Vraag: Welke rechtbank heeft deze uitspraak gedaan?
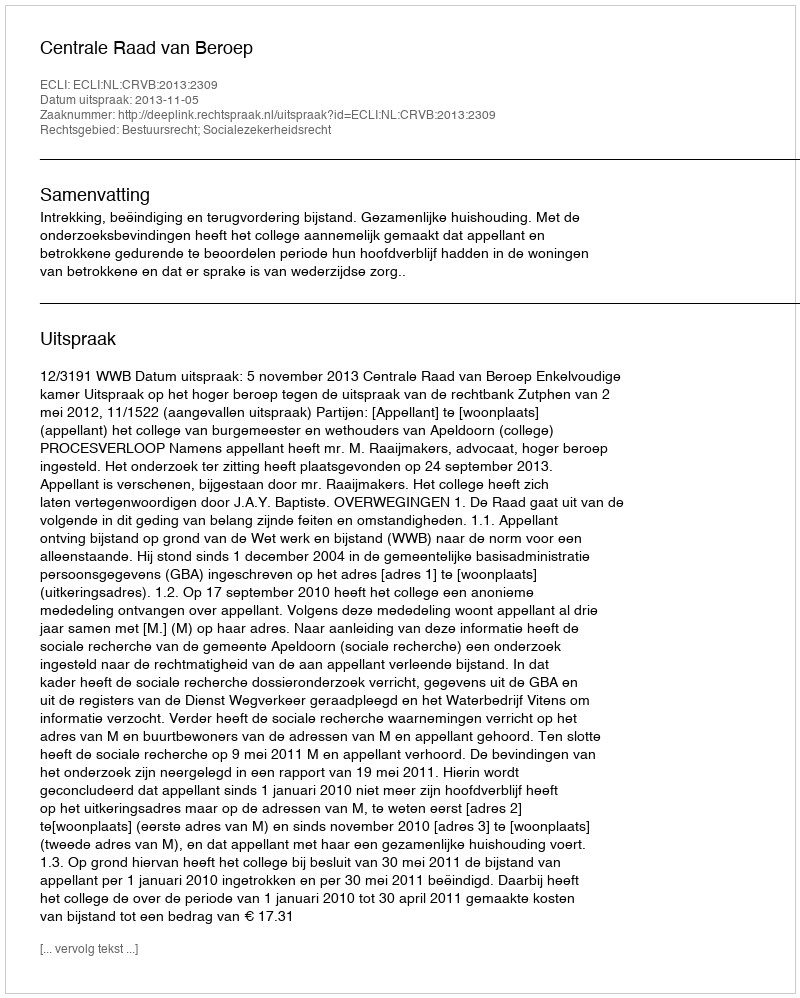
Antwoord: Centrale Raad van Beroep